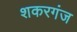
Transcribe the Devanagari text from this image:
शकरगंज